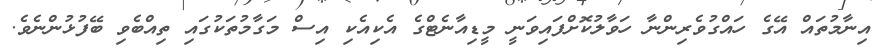
އިނާމުތައް އޭގެ ހައްގުވެރިންނާ ހަވާލުކޮށްފައިވަނީ މީޑިއާނެޓްގެ އެކިއެކި އިސް މަގާމުތަކުގައި ތިއްބެވި ބޭފުޅުންނެވެ.